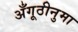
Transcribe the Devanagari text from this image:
अँगूठीनुमा